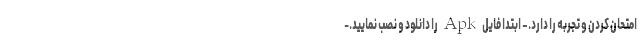
امتحان کردن و تجربه را دارد. – ابتدا فایل Apk را دانلود و نصب نمایید.-